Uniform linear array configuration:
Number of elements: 64
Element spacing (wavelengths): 0.5
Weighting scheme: blackman
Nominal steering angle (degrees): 0
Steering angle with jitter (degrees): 1.997
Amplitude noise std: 0.05
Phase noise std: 0.05

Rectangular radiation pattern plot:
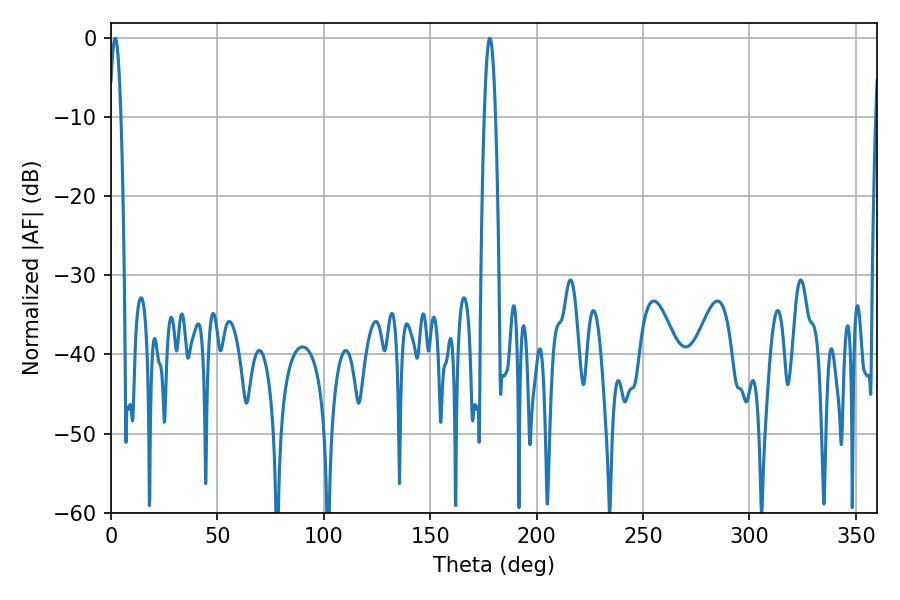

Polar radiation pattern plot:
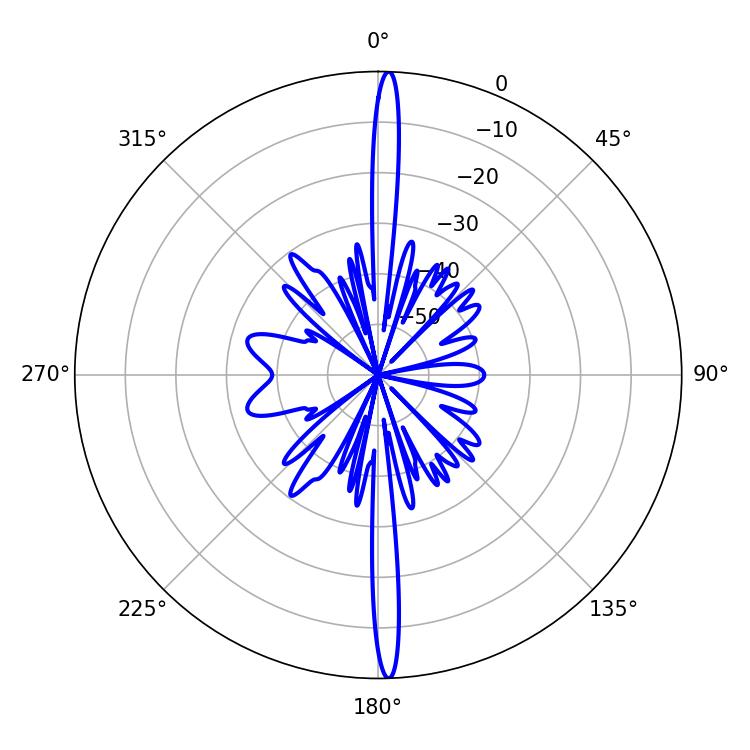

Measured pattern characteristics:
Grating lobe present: FALSE
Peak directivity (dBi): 27.363
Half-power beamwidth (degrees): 2.88
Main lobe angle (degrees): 1.98